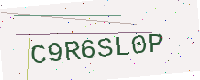
Text: C9R6SL0P